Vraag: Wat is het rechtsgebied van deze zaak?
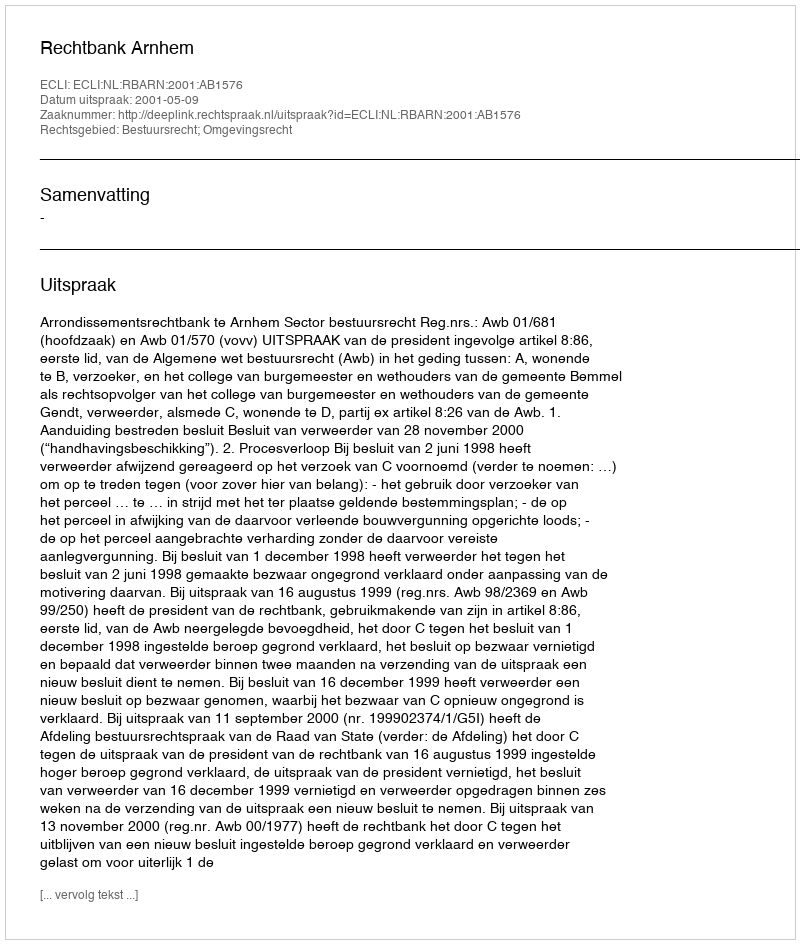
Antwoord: Bestuursrecht; Omgevingsrecht